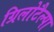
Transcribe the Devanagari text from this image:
ग्रिलोटैल्पा